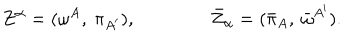
Z ^ { \alpha } = ( \omega ^ { A } , \ \pi _ { A ^ { \prime } } ) , \qquad \qquad { \bar { Z } } _ { \alpha } = ( { \bar { \pi } _ { A } } , \ { \bar { \omega } } ^ { A ^ { \prime } } ) .